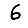
Digit: 6